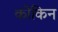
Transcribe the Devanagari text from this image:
कोकिन